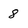
Character: 8